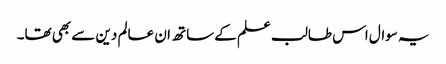
یہ سوال اس طالب علم کے ساتھ ان عالم دین سے بھی تھا۔